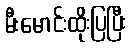
မီးမောင်းထိုးပြပြီး